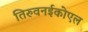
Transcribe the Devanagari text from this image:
तिरुवनईकोएल